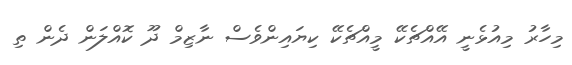
މިހާރު މިއުޅެނީ އޭއްޗެކޭ މީއްޗެކޭ ކިޔައިންވެސް ނާޒިމް ދޫ ކޮއްލަން ދެން ތި